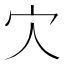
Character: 𡦼